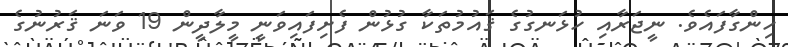
ހިންގާފައެވެ. ނީޖަރާއި ހުޅަނގުގެ ޤައުމުތަކާ ގުޅުން ފެށިފައިވަނީ މީލާދީން 19 ވަނަ ޤަރުނުގެ